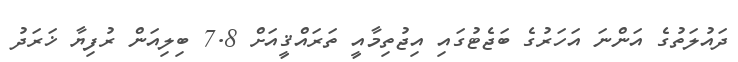
ދައުލަތުގެ އަންނަ އަހަރުގެ ބަޖެޓުގައި އިޖުތިމާއީ ތަރައްޤީއަށް 7.8 ބިލިއަން ރުފިޔާ ޚަރަދު